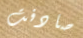
صادفت